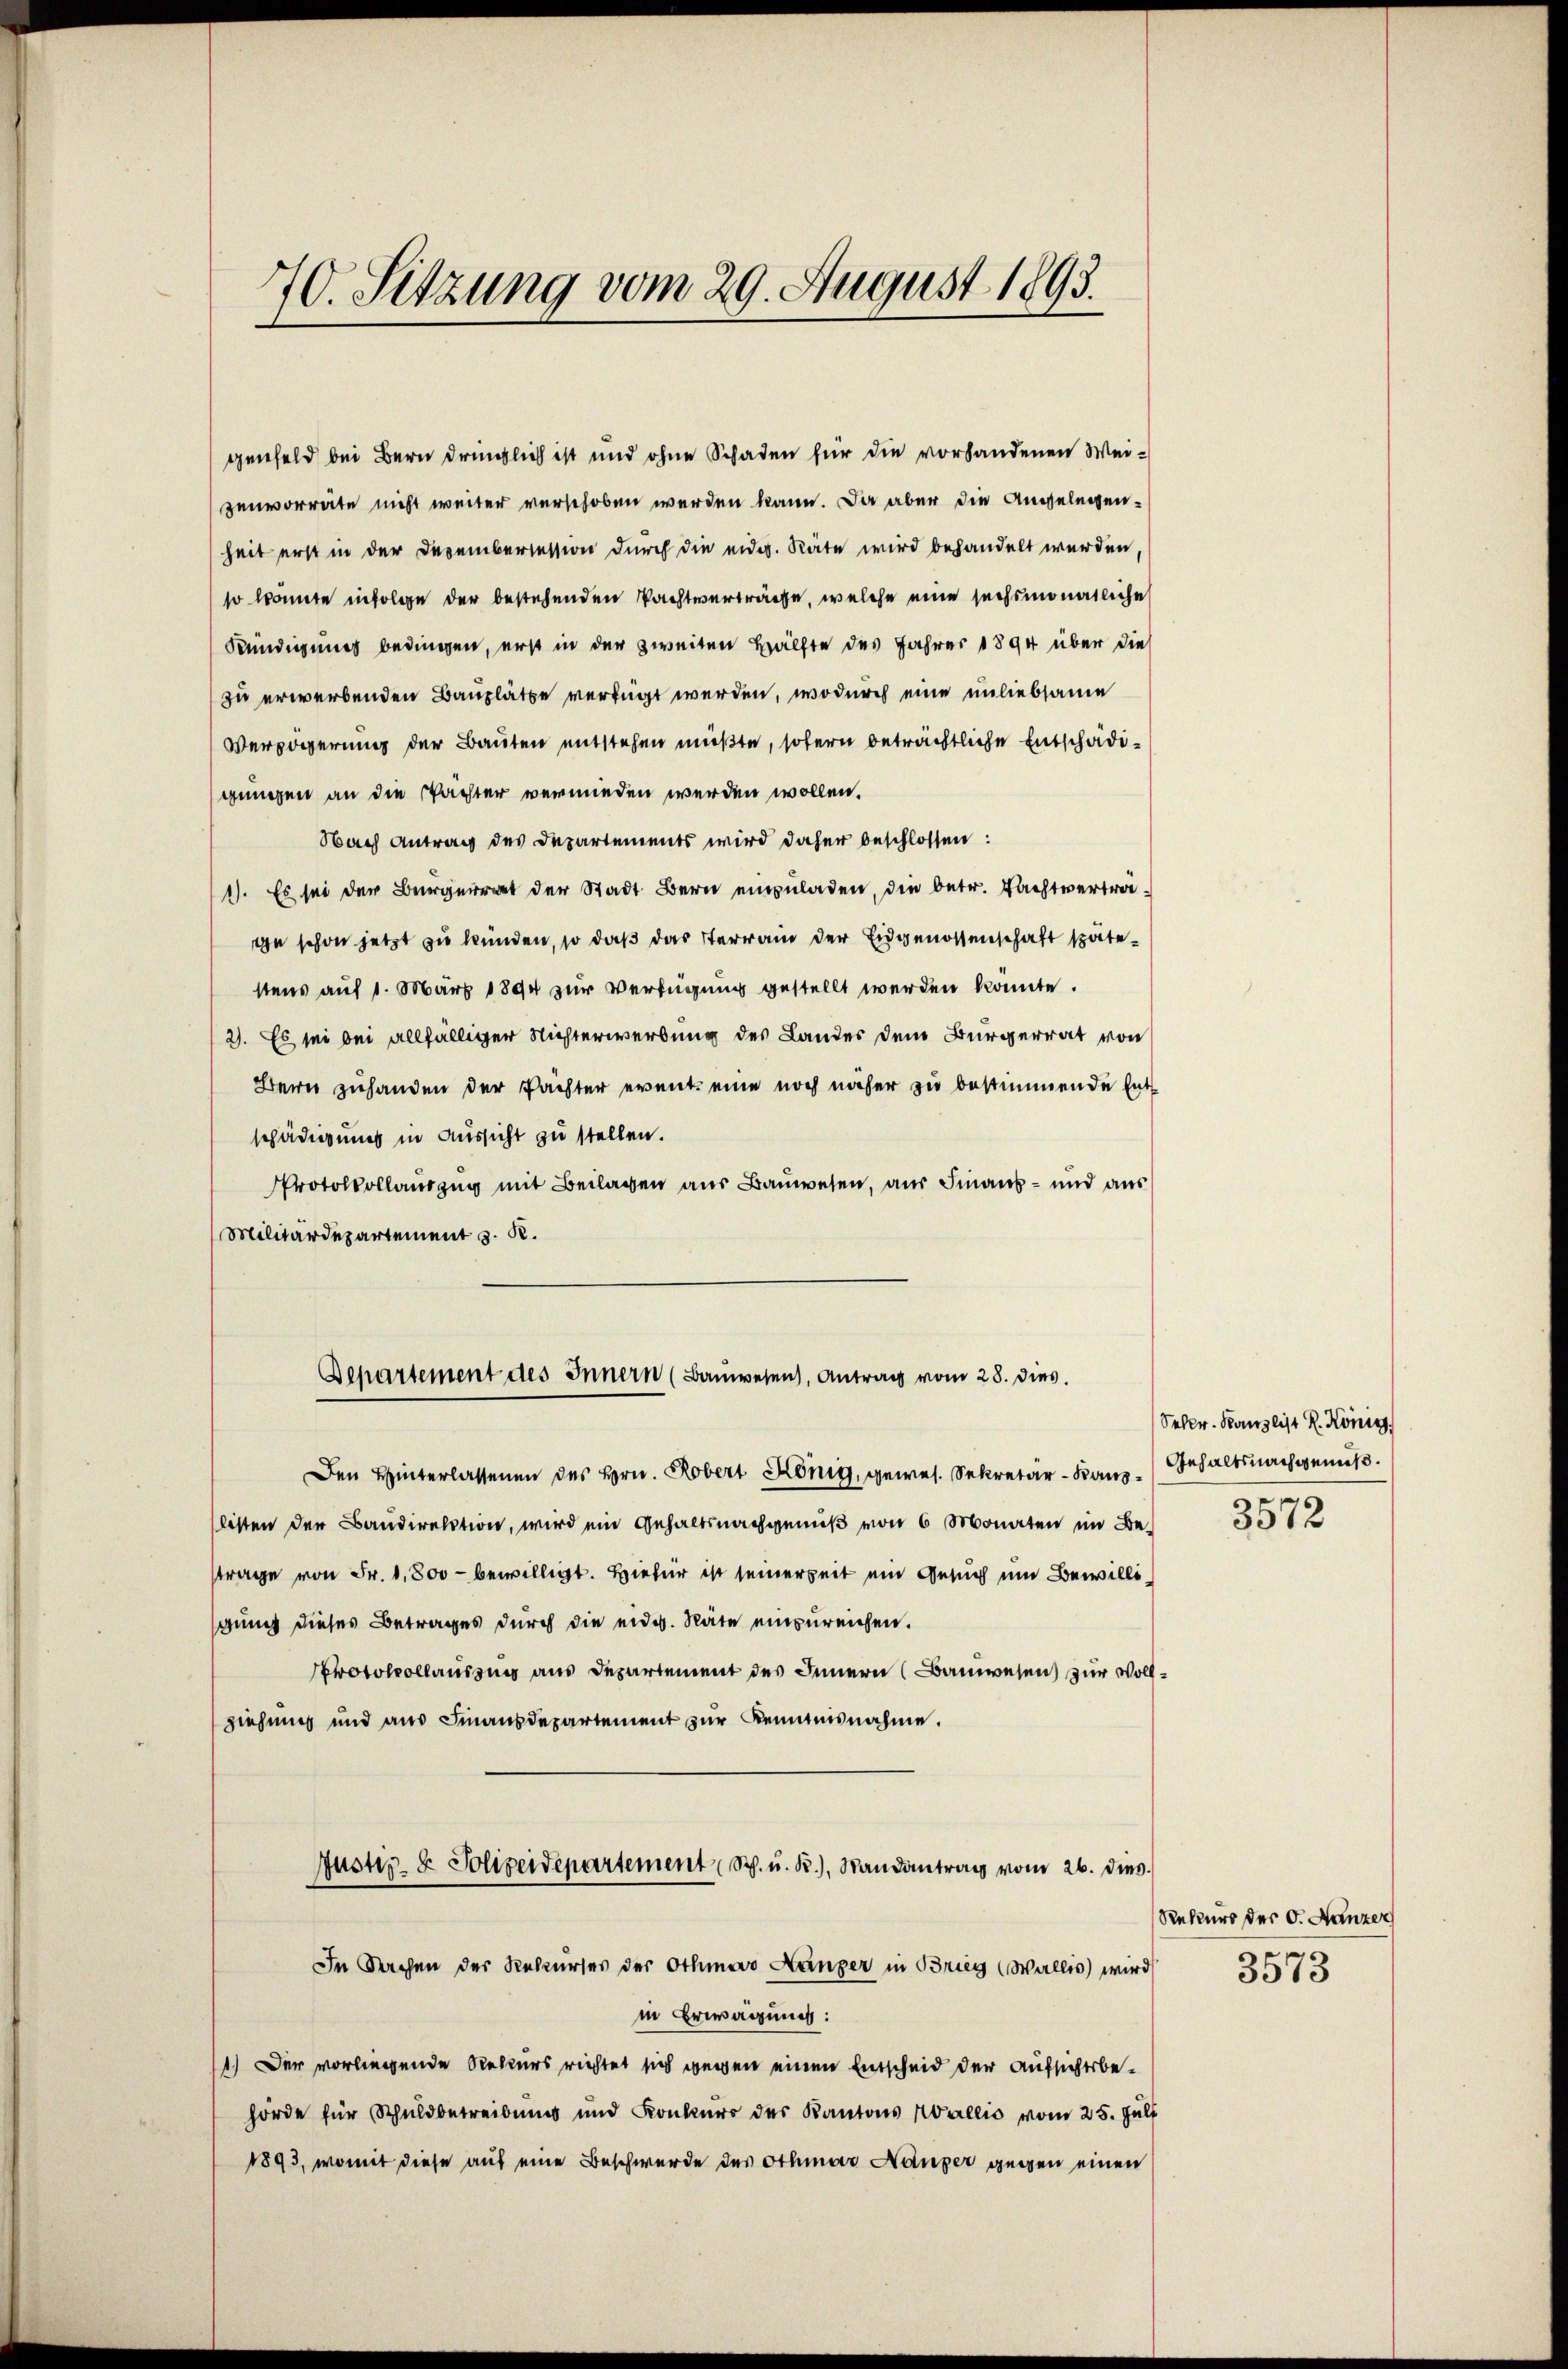
genfeld bei Bern dringlich ist und ohne Schaden für die vorhandenen Weizenvorräte nicht weiter verschoben werden kann. Da aber die Angelegenheit erst in der Dezemberession durch die eidg. Räte wird behandelt werden,
so konnte infolge der bestehenden Pachtverträche, welche eine sechsmonatliche
Kündigung bedingen, erst in der zweiten Hälfte des Jahres 1894 über die
zu erwerbenden Bauplätte verfügt werden, wodurch eine unliebsame
Verzögerung der Bauten entstehen müßte, sofern beträchtliche Entschädigungen an die Pachter vermieden werden wollen.
Nach Antrag des Departements wird daher beschlossen:
1). Es sei der Bürgerrat der Stadt Bern einzuladen, die betr. Nachtverträge schon jetzt zu künden, so daß das Terrain der Eidgenossenschaft spätestens auf 1. März 1894 zur Verfügung gestellt werden könnte.
2). Es sei bei allfälliger Nichterwerbung des Landes dem Bürgerrat von
Bern zuhanden der Pachter event eine noch näher zu bestimmende Entschädigung in Aussicht zu stellen.
Protokollauszug mit Beilagen aus Bauwesen, aus Finaus – und aus
Militärdepartement z. B.
Departement des Innern (Bauwesen, Antrag vom 28. dies
Den Hinterlassenen des Hrn. Robert König, gewes. Sekretär - Baus
listen der Baudirektion, wird ein Gehaltsnachgenuß von 6 Monaten im Betrage von Fr. 1,800 bewilligt. Hiefür ist seinerzeit ein Gesuch um Bewilligung dieses Betrages durch die eidg. Räte einzureichen.
Protokollaussung aus Departement des Innern (Bauwesen) zur Vollziehung und aus Finanzdepartement zur Kenntnisnahme.
Justiz- & Polizeidepartement Sch. u. R.), Randantrag vom 26. dies
In Sachen der Rekurses der Othmar Hänger in Brieg (Wallis) wird
in Erwägung:
1.) Der vorliegende Rekurs richtet sich gegen einen Entscheid der Aufsichtsbehörde für Schuldbetreibung und Konkurs des Kantons Wallis vom 25. Juli
1893, womit diese auf eine Beschwerde des Othmar Nauper gegen einen

70. Sitzung vom 29. August 1893.

Sekr. Kanzlist R. König
Gehaltsnachgenuß.

3572

Rekurs der G. Hanzer
3573